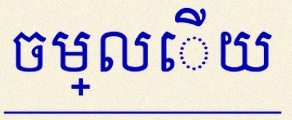
ចម្លើយ